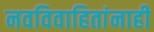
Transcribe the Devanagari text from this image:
नवविवाहितांनाही